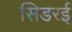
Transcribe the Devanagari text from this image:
सिडरई